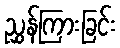
ညွှန်ကြားခြင်း